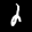
Label: 2